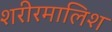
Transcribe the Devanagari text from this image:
शरीरमालिश